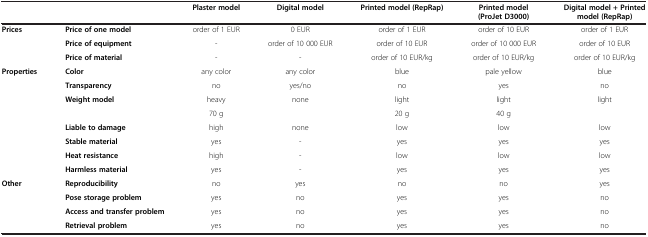
<table><thead><tr><td><b> </b></td><td><b> </b></td><td><b>Plaster model</b></td><td><b>Digital model</b></td><td><b>Printed model (RepRap)</b></td><td><b>Printed model (ProJet D3000)</b></td><td><b>Digital model + Printed model (RepRap)</b></td></tr></thead><tbody><tr><td><b>Prices</b></td><td><b>Price of one model</b></td><td>order of 1 EUR</td><td>0 EUR</td><td>order of 1 EUR</td><td>order of 10 EUR</td><td>order of 1 EUR</td></tr><tr><td> </td><td><b>Price of equipment</b></td><td>-</td><td>order of 10 000 EUR</td><td>order of 10 EUR</td><td>order of 10 000 EUR</td><td>order of 10 EUR</td></tr><tr><td> </td><td><b>Price of material</b></td><td>-</td><td>-</td><td>order of 10 EUR/kg</td><td>order of 10 EUR/kg</td><td>order of 10 EUR/kg</td></tr><tr><td><b>Properties</b></td><td><b>Color</b></td><td>any color</td><td>any color</td><td>blue</td><td>pale yellow</td><td>blue</td></tr><tr><td> </td><td><b>Transparency</b></td><td>no</td><td>yes/no</td><td>no</td><td>yes</td><td>no</td></tr><tr><td> </td><td><b>Weight model</b></td><td>heavy</td><td>none</td><td>light</td><td>light</td><td>light</td></tr><tr><td> </td><td> </td><td>70 g</td><td> </td><td>20 g</td><td>40 g</td><td> </td></tr><tr><td> </td><td><b>Liable to damage</b></td><td>high</td><td>none</td><td>low</td><td>low</td><td>low</td></tr><tr><td> </td><td><b>Stable material</b></td><td>yes</td><td>-</td><td>yes</td><td>yes</td><td>yes</td></tr><tr><td> </td><td><b>Heat resistance</b></td><td>high</td><td>-</td><td>low</td><td>low</td><td>low</td></tr><tr><td> </td><td><b>Harmless material</b></td><td>yes</td><td>-</td><td>yes</td><td>yes</td><td>yes</td></tr><tr><td><b>Other</b></td><td><b>Reproducibility</b></td><td>no</td><td>yes</td><td>no</td><td>no</td><td>yes</td></tr><tr><td> </td><td><b>Pose storage problem</b></td><td>yes</td><td>no</td><td>yes</td><td>yes</td><td>no</td></tr><tr><td> </td><td><b>Access and transfer problem</b></td><td>yes</td><td>no</td><td>yes</td><td>yes</td><td>no</td></tr><tr><td> </td><td><b>Retrieval problem</b></td><td>yes</td><td>no</td><td>yes</td><td>yes</td><td>no</td></tr></tbody></table>